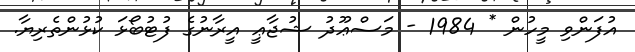
އުފަންވި މީހުން * 1984 - މަސްޢޫދު ޝުޖާޢީ އީރާނުގެ ފުޓުބޯޅަ ކުޅުންތެރިޔާ.